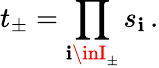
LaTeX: t_{\pm}=\prod_{\mathbf{i}\inI_{\pm}}s_{\mathbf{i}}\, .